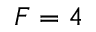
F = 4